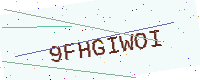
Text: 9FHGIWOI